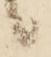
候